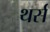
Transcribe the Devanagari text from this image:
थर्स